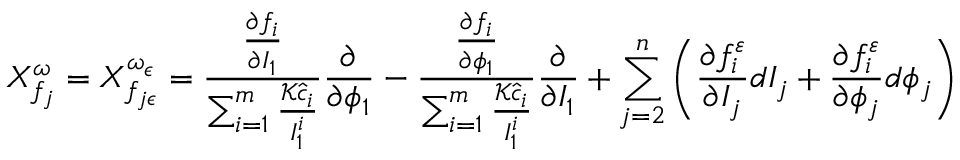
X _ { f _ { j } } ^ { \omega } = X _ { f _ { j \epsilon } } ^ { \omega _ { \epsilon } } = \frac { \frac { \partial f _ { i } } { \partial I _ { 1 } } } { \sum _ { i = 1 } ^ { m } \frac { \mathcal { K } \hat { c } _ { i } } { I _ { 1 } ^ { i } } } \frac { \partial } { \partial \phi _ { 1 } } - \frac { \frac { \partial f _ { i } } { \partial \phi _ { 1 } } } { \sum _ { i = 1 } ^ { m } \frac { \mathcal { K } \hat { c } _ { i } } { I _ { 1 } ^ { i } } } \frac { \partial } { \partial I _ { 1 } } + \sum _ { j = 2 } ^ { n } \left( \frac { \partial f _ { i } ^ { \varepsilon } } { \partial I _ { j } } d I _ { j } + \frac { \partial f _ { i } ^ { \varepsilon } } { \partial \phi _ { j } } d \phi _ { j } \right)